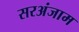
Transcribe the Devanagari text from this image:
सरअंजाम